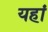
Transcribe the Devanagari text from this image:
यहांं